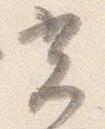
光